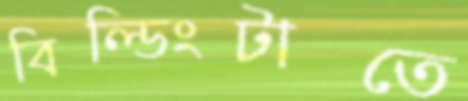
বিল্ডিংটাতে